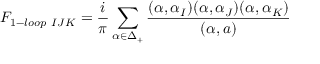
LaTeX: { \cal F } _ { 1 - l o o p \ I J K } = { \frac { i } { \pi } } \sum _ { \alpha \in \Delta _ { + } } { \frac { ( \alpha , \alpha _ { I } ) ( \alpha , \alpha _ { J } ) ( \alpha , \alpha _ { K } ) } { ( \alpha , a ) } }